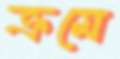
ক্রমে